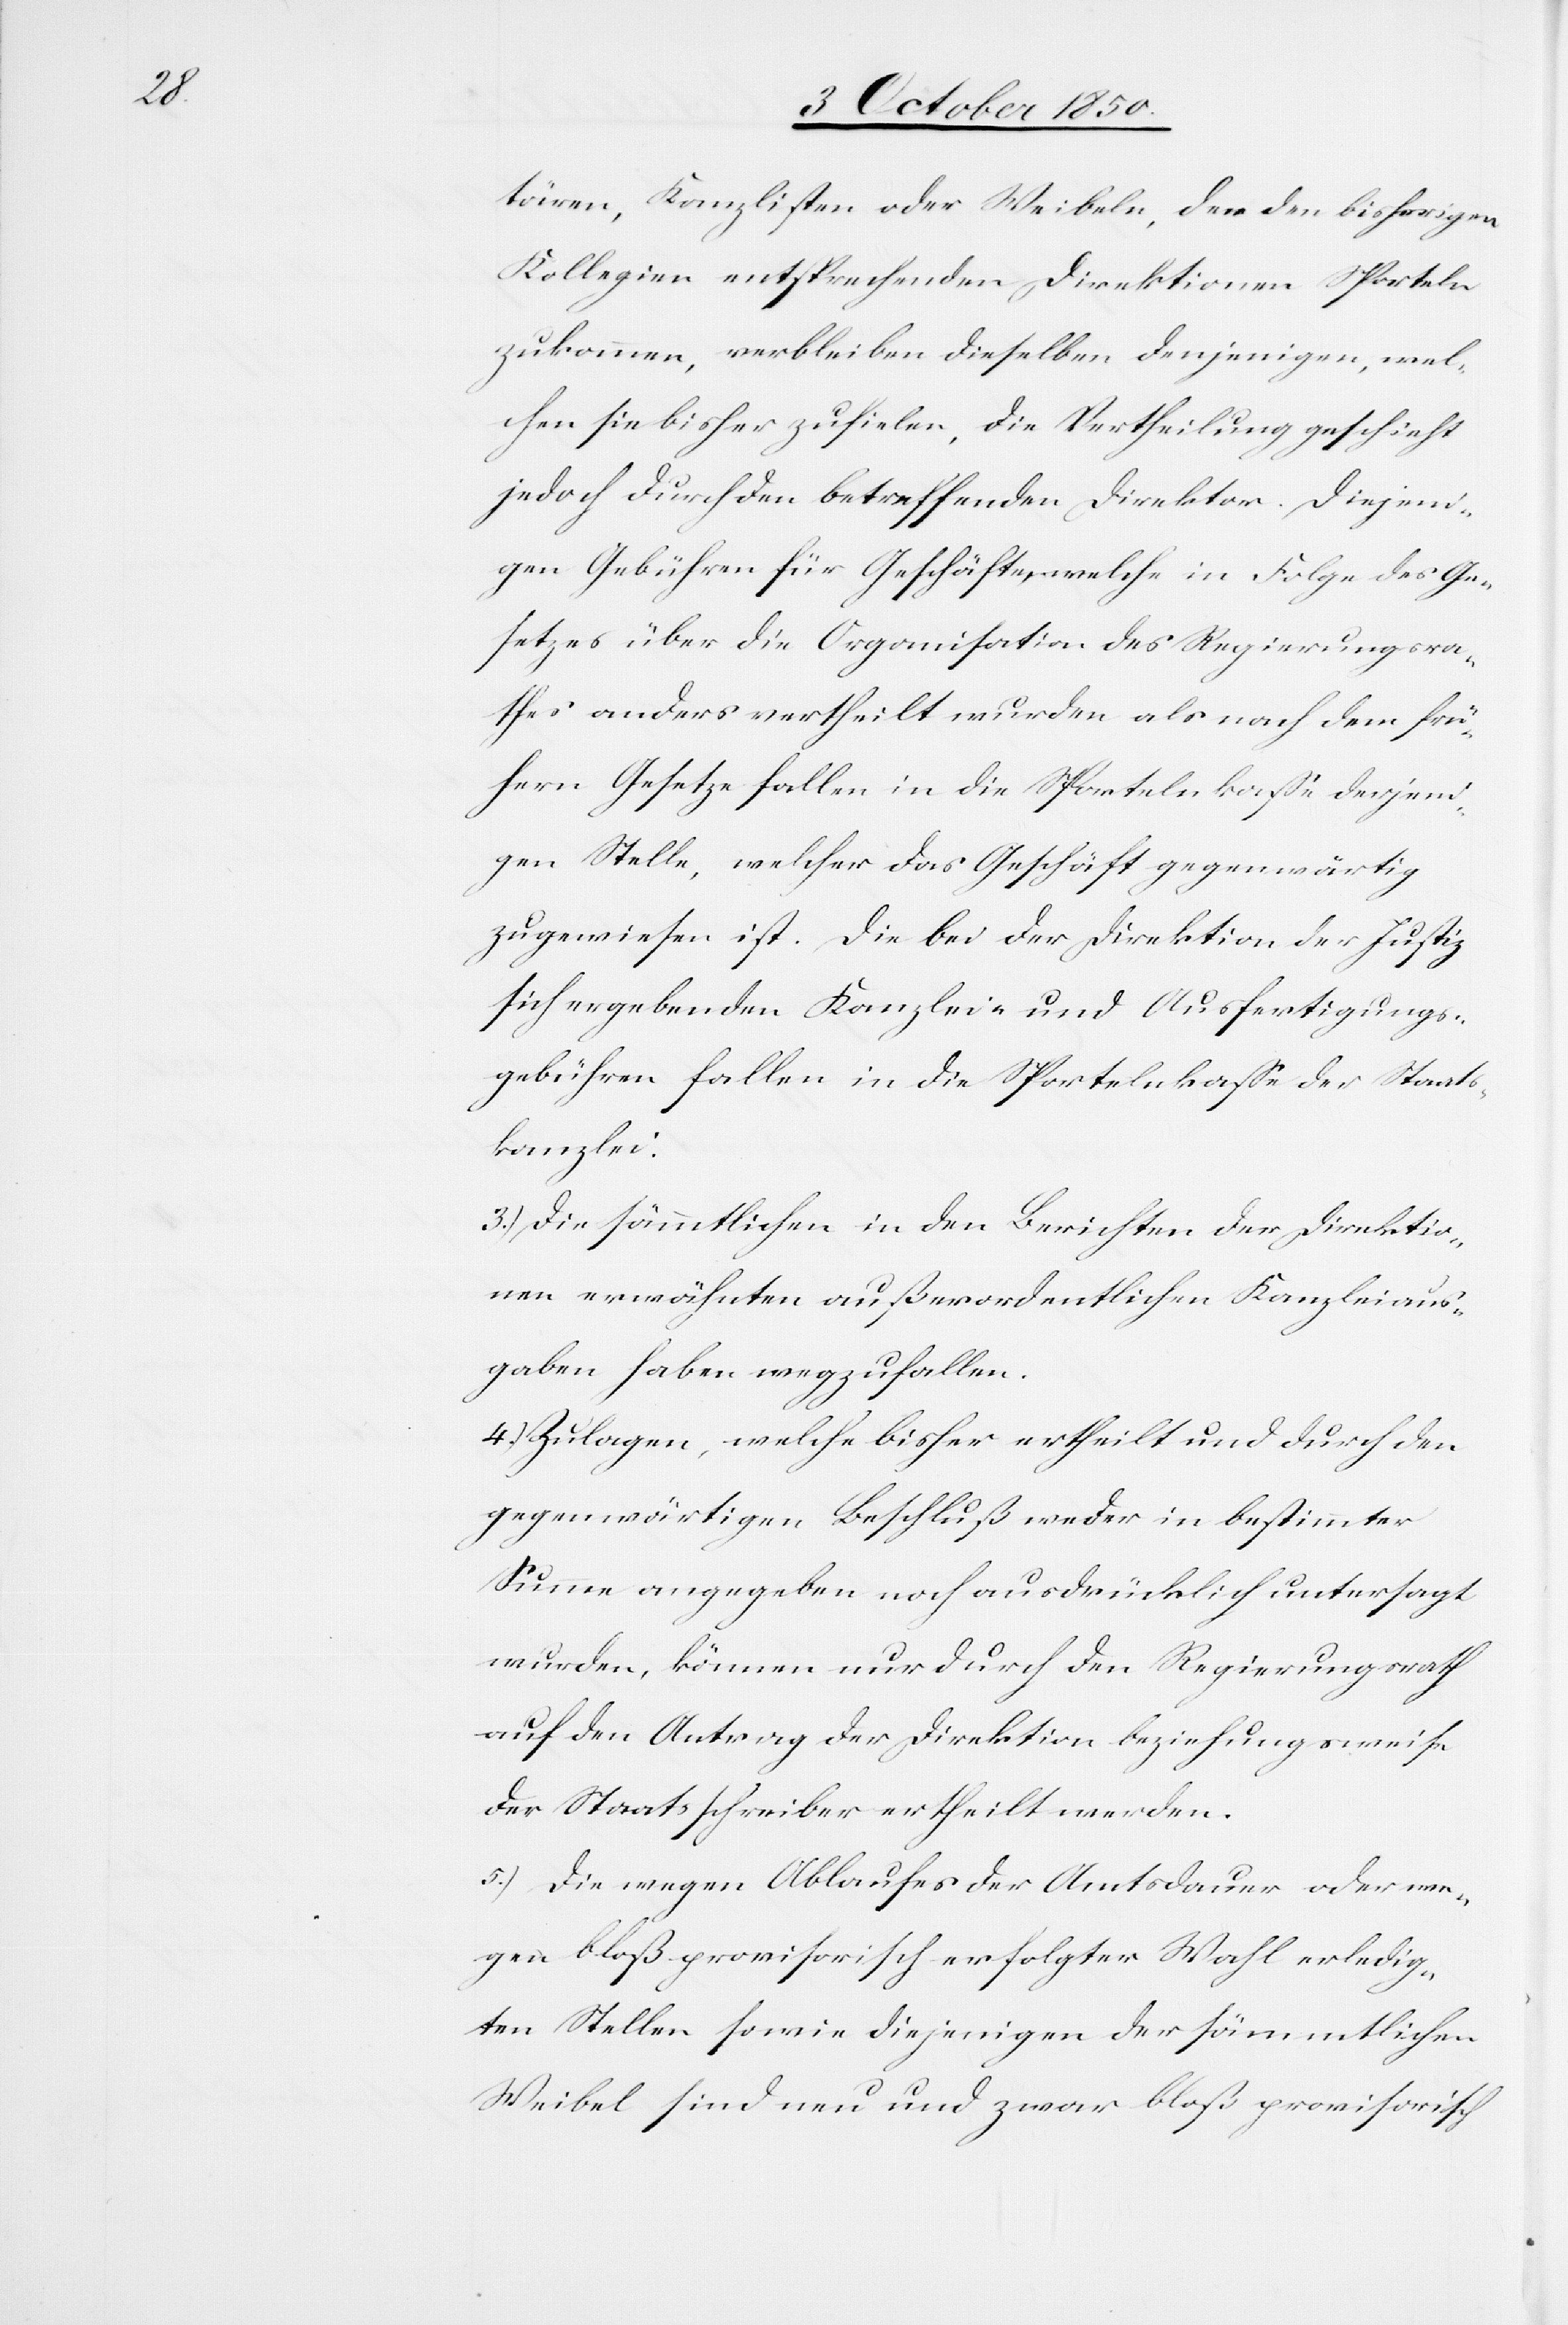
tären, Kanzlisten oder Weibeln, der den bisherigen
Kollegien entsprechenden Direktionen Sporteln
zukommen, verbleiben dieselben denjenigen, wel¬
chen sie bisher zufielen, die Vertheilung geschieht
jedoch durch den betreffenden Direktor. Diejeni¬
gen Gebühren für Geschäfte, welche in Folge des Ge¬
setzes über die Organisation des Regierungsra¬
thes anders vertheilt wurden als nach dem frü¬
hern Gesetze fallen in die Sportelnkasse derjeni¬
gen Stelle, welcher das Geschäft gegenwärtig
zugewiesen ist. Die bei der Direktion der Justiz
sich ergebenden Kanzlei- und Ausfertigungs¬
gebühren fallen in die Sportelnkasse der Staats¬
kanzlei.
3.) Die sämmtlichen in den Berichten der Direktio¬
nen erwähnten außerordentlichen Kanzleiaus¬
gaben haben wegzufallen.
4.) Zulagen, welche bisher ertheilt und durch den
gegenwärtigen Beschluß weder in bestimmter
Summe angegeben noch ausdrücklich untersagt
wurden, können nur durch den Regierungsrath
auf den Antrag der Direktion beziehungsweise
der Staatsschreiber ertheilt werden.
5.) Die wegen Ablaufes der Amtsdauer oder we¬
gen bloß provisorisch erfolgter Wahl erledig¬
ten Stellen sowie diejenigen der sämmtlichen
Weibel sind neu und zwar bloß provisorisch